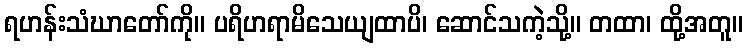
ရဟန်းသံဃာတော်ကို။ ပရိဟရာမိသေယျထာပိ၊ ဆောင်သကဲ့သို့။ တထာ၊ ထို့အတူ။